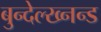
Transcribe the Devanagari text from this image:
बुन्देल्ख्नन्ड